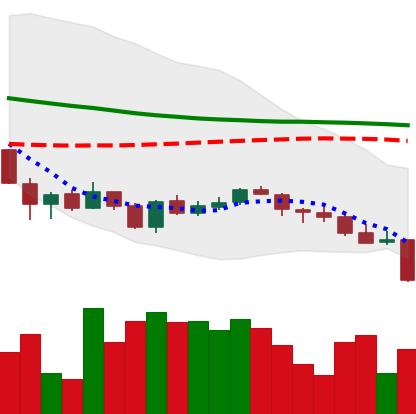
Ticker: LINK-USD
Chart end date: 2018-06-10
Forward return: -7.555%
Label: down_7plus